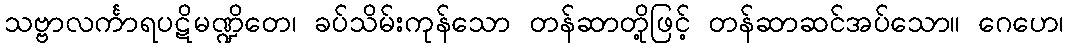
သဗ္ဗာလင်္ကာရပဋိမဏ္ဍိတေ၊ ခပ်သိမ်းကုန်သော တန်ဆာတို့ဖြင့် တန်ဆာဆင်အပ်သော။ ဂေဟေ၊